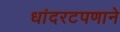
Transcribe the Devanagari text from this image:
धांदरटपणाने